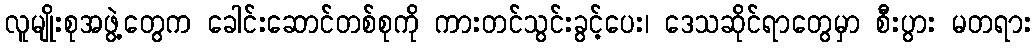
လူမျိုးစုအဖွဲ့တွေက ခေါင်းဆောင်တစ်စုကို ကားတင်သွင်းခွင့်ပေး၊ ဒေသဆိုင်ရာတွေမှာ စီးပွား မတရား